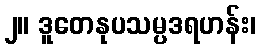
၂။ ဒူတေနုပသမ္ပဒရဟန်း၊